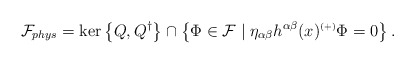
\begin{align*}{\mathcal{F}}_{phys}=\ker\left\{Q,Q^{\dagger}\right\}\cap\left\{\Phi\in{\mathcal{F}}\mid \eta_{\alpha\beta} h^{\alpha\beta}(x)^{\scriptscriptstyle (+)}\Phi =0\right\}.\end{align*}